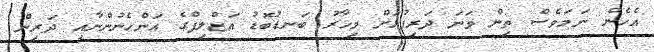
އެހެން ނަމަވެސް ތިން ވަނަ ދަރިފުޅަށް މިހާރު ބަނޑުބޮޑު އަޒްލިފްގެ އަންހެނުންނާއި ދަރިން